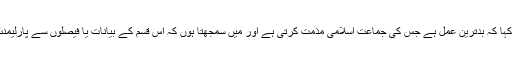
جماعت اسلامی کے رہنماء لیاقت بلوچ نے کہا کہ بدترین عمل ہے جس کی جماعت اسلامی مذمت کرتی ہے اور میں سمجھتا ہوں کہ اس قسم کے بیانات یا فیصلوں سے پارلیمنٹ آئین اور قانون کا استحقاق مجروح ہوا ہے۔